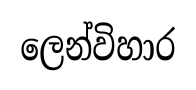
ලෙන්විහාර